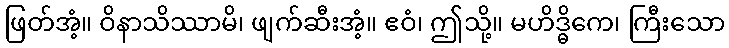
ဖြတ်အံ့။ ဝိနာသိဿာမိ၊ ဖျက်ဆီးအံ့။ ဧဝံ၊ ဤသို့။ မဟိဒ္ဓိကေ၊ ကြီးသော